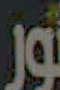
نور